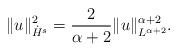
LaTeX: \begin{align*}\|u\|^2_{\dot{H}^s} = \frac{2}{\alpha+2} \|u\|^{\alpha+2}_{L^{\alpha+2}}.\end{align*}